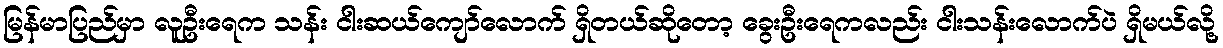
မြန်မာပြည်မှာ လူဦးရေက သန်း ငါးဆယ်ကျော်လောက် ရှိတယ်ဆိုတော့ ခွေးဦးရေကလည်း ငါးသန်းလောက်ပဲ ရှိမယ်လို့